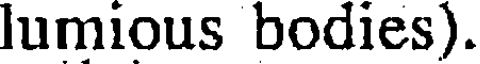
lumious bodies).